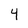
Character: 4